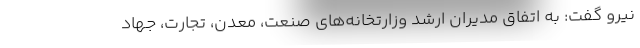
نیرو گفت: به اتفاق مدیران ارشد وزارتخانه‌های صنعت، معدن، تجارت، جهاد